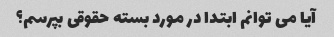
آیا می توانم ابتدا در مورد بسته حقوقی بپرسم؟